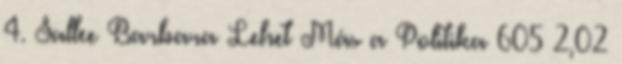
4. Sallee Barbara Lehet Más a Politika 605 2,02